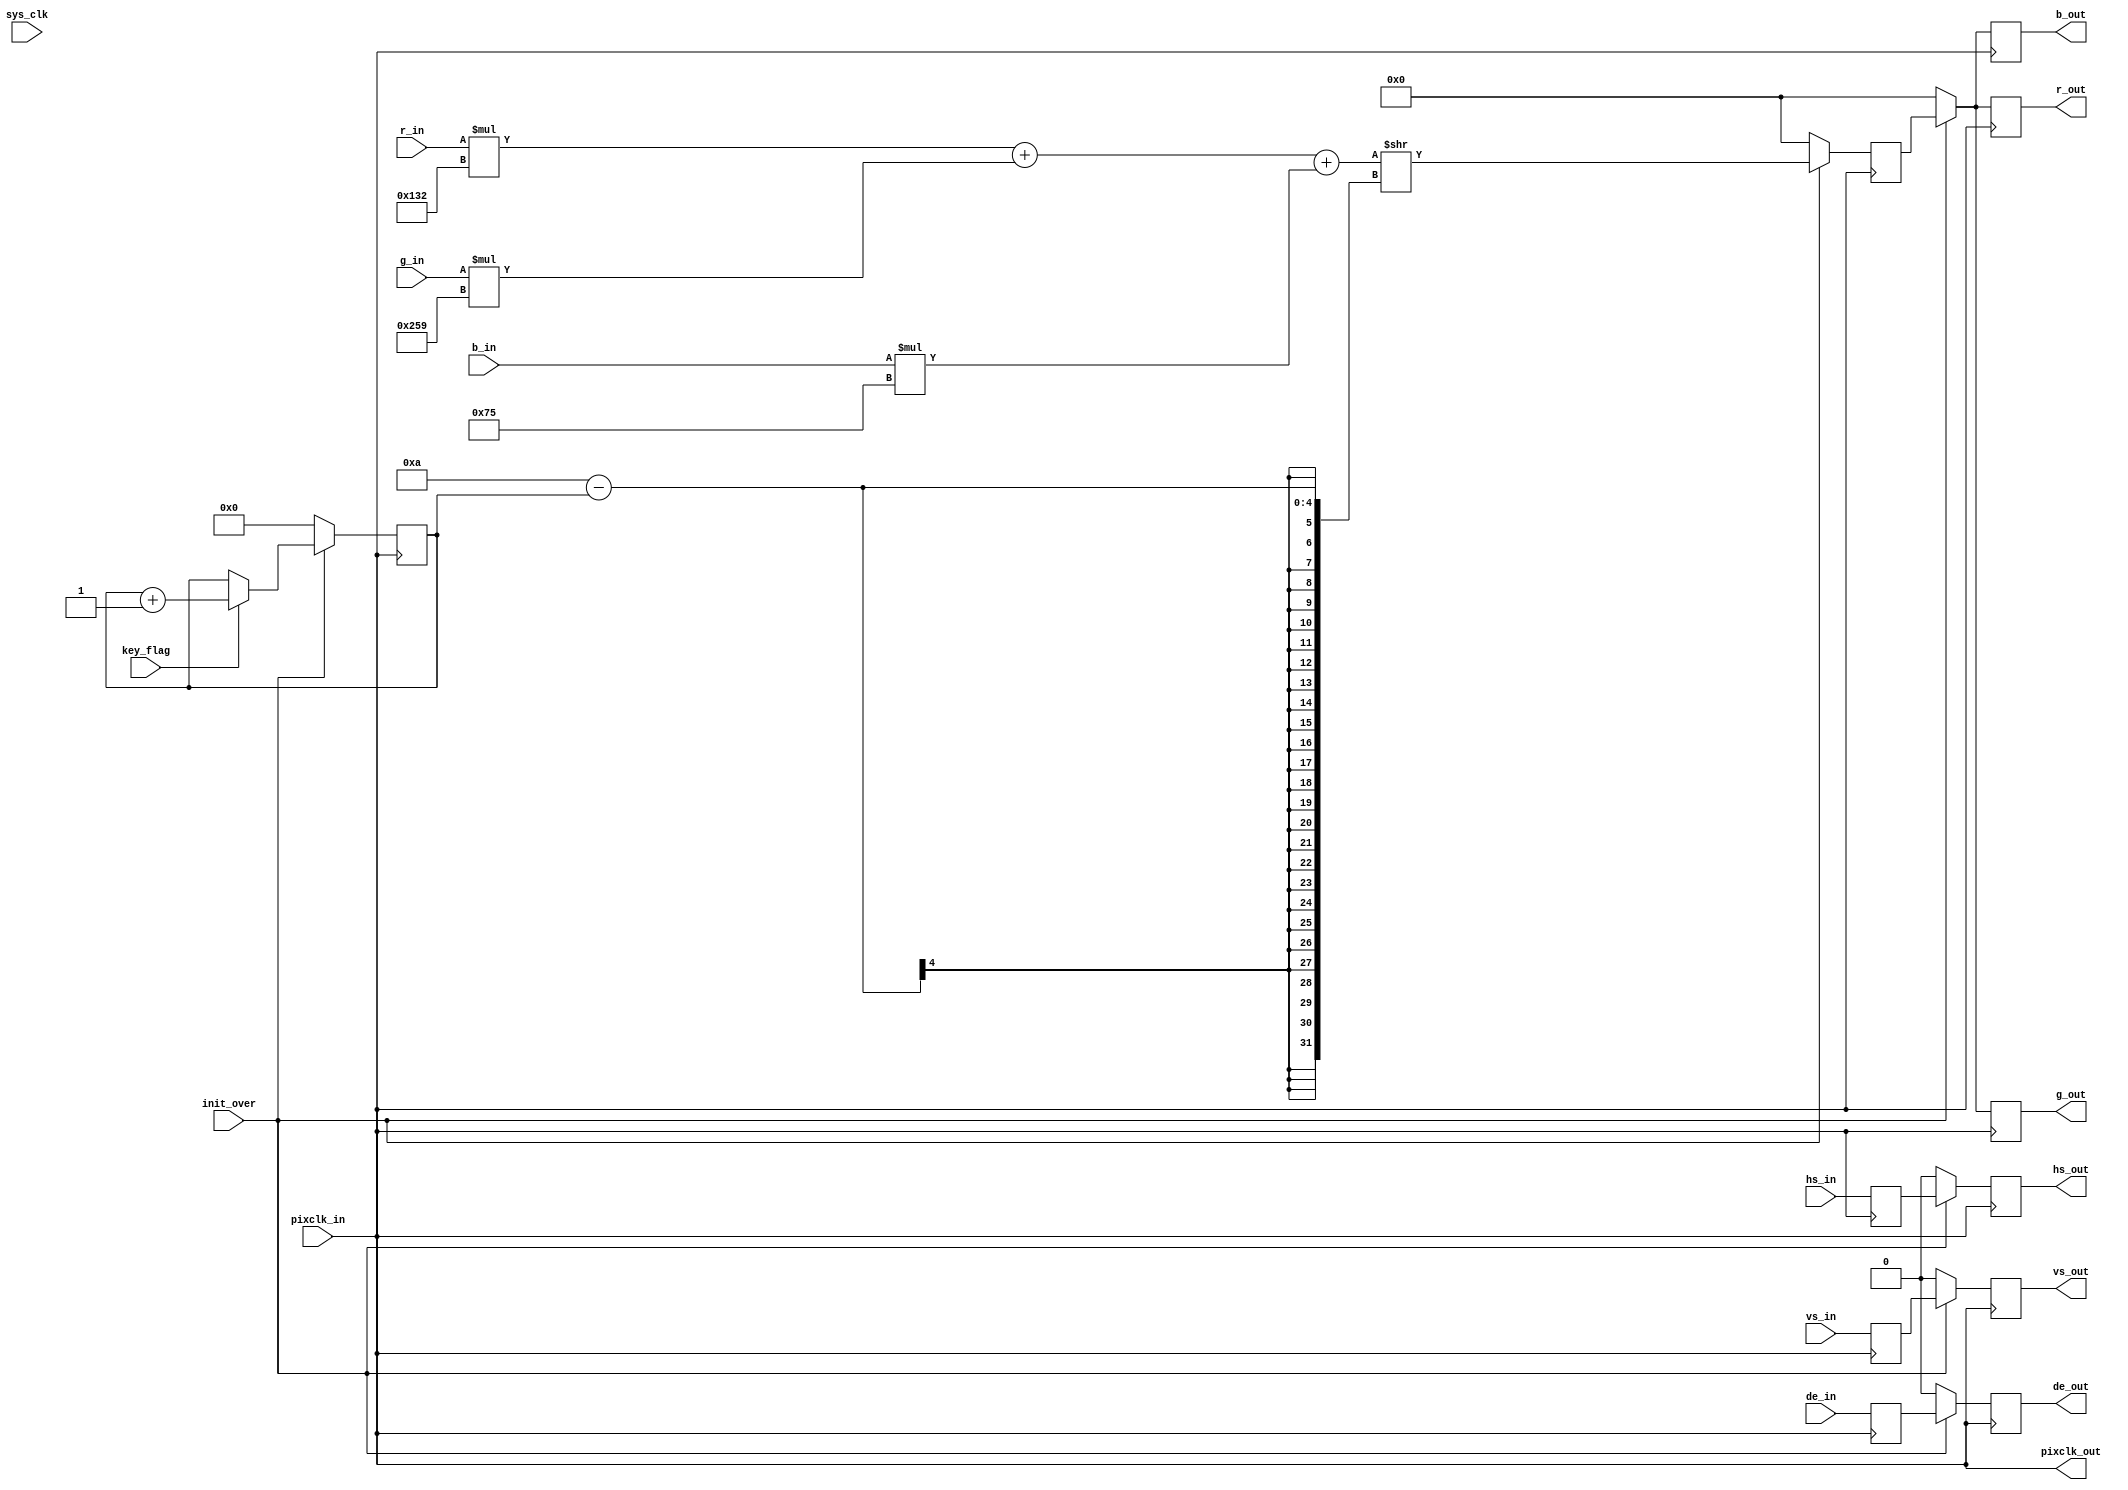
module hdmi_gray_test( 
    
input wire              sys_clk         ,// input system clock 50MHz 4
input                   init_over       ,
input                   pixclk_in       , 
input                   key_flag        ,
input                   vs_in           , 
input                   hs_in           , 
input                   de_in           ,
input   [7:0]           r_in            , 
input   [7:0]           g_in            , 
input   [7:0]           b_in            , 


output                  pixclk_out      ,
output reg              vs_out          , 
output reg              hs_out          , 
output reg              de_out          , 
output reg      [7:0]   r_out           , 
output reg      [7:0]   g_out           , 
output reg      [7:0]   b_out           
);

assign      pixclk_out      =       pixclk_in;

reg [7:0]   gray    ;
reg [7:0]   value   ;
reg         vs_temp0;
reg         hs_temp0;
reg         de_temp0;
reg         vs_temp1;
reg         hs_temp1;
reg         de_temp1;

reg  [3:0]  cnt     ;

always @(posedge pixclk_out)begin
    if(!init_over)
        cnt     <=  4'd0;
    else if(key_flag)
        cnt     <=  cnt + 1'b1;
    else
        cnt     <=  cnt;
    end

always @(posedge pixclk_out)begin
    if(!init_over)
        gray    <=  8'd0;
    else 
        gray    <=  (r_in*306 + g_in*601 + b_in*117)>>10 - cnt;
end

always @(posedge pixclk_out) begin
    vs_temp0        <=  vs_in       ;
    hs_temp0        <=  hs_in       ;
    de_temp0        <=  de_in       ;
    vs_temp1        <=  vs_temp0    ;
    hs_temp1        <=  hs_temp0    ;
    de_temp1        <=  de_temp0    ;
end

always @(posedge pixclk_out) begin
    if(!init_over)begin
        vs_out  <=  1'b0;  
        hs_out  <=  1'b0;
        de_out  <=  1'b0;
        r_out   <=  1'b0;
        g_out   <=  1'b0;
        b_out   <=  1'b0;
    end
    else begin
        vs_out  <= vs_temp0;
        hs_out  <= hs_temp0;
        de_out  <= de_temp0;
        r_out   <= gray;
        g_out   <= gray;
        b_out   <= gray;
    end
end

endmodule